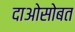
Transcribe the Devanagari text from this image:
दाओसोबत